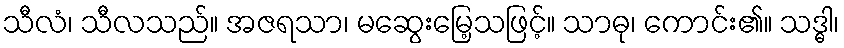
သီလံ၊ သီလသည်။ အဇရသာ၊ မဆွေးမြေ့သဖြင့်။ သာဓု၊ ကောင်း၏။ သဒ္ဓါ၊